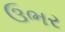
ઉભર